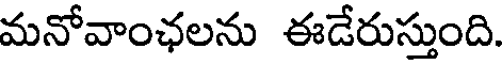
మనోవాంఛలను ఈడేరుస్తుంది.